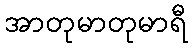
အာတုမာတုမာရီ